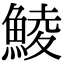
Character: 鯪